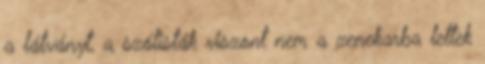
a látványt, a szólisták viszont nem a zenekarba lettek